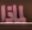
لماذا